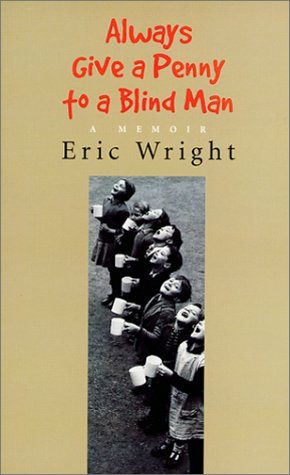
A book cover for Always Give a Penny to a Blind Man; Eric Wright; Biographies & Memoirs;